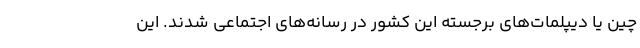
چین یا دیپلمات‌های برجسته این کشور در رسانه‌های اجتماعی شدند. این